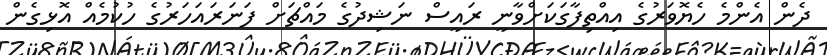
ދެން އެންމެ ހެޔޮވަރުގެ އިއްތިފާގަކަށްވާނީ ރައީސް ނަޝިދުގެ މައްޗަށް ފަނަރައަހަރުގެ ހުކުމެއް އޮޅިގެން